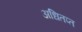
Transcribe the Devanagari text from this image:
अधितप्त